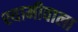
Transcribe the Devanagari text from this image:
श्यामीवाला